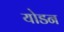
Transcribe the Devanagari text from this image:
योडन